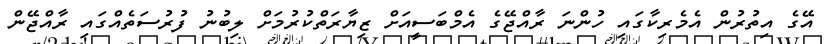
އޭގެ އިތުރުން އެމެރިކާގައި ހުންނަ ރާއްޖޭގެ އެމްބަސީއަށް ޒިޔާރަތްކުރުމަށް ލިބުނު ފުރުސަތެއްގައި ރާއްޖޭން